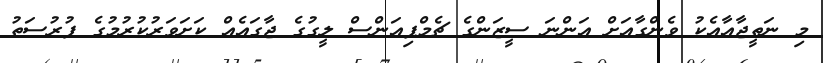
މި ނަތީޖާއާއެކު ވެންގާއަށް އަންނަ ސީޒަންގެ ޗެމްޕިއަންސް ލީގުގެ ޖާގައެއް ކަށަވަރުކުރުމުގެ ފުރުސަތު